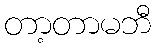
တာ့တာမဘီ